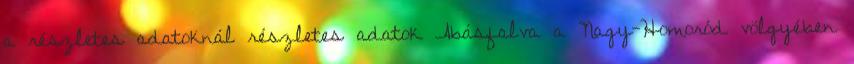
a részletes adatoknál részletes adatok Abásfalva a Nagy-Homoród völgyében